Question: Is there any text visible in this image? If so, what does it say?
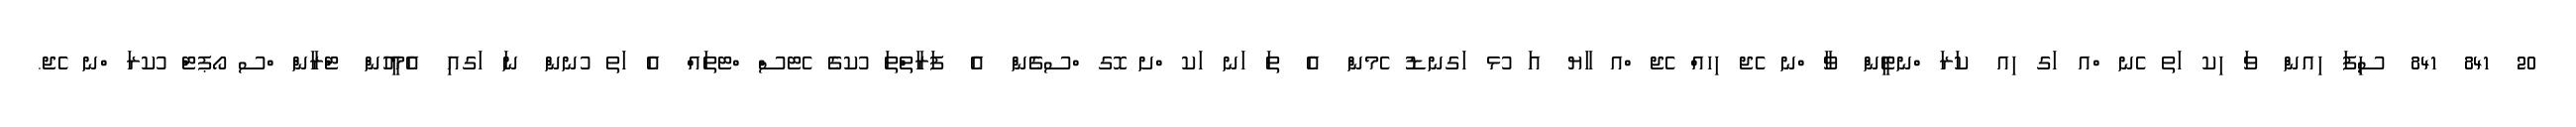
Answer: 20 841 841 ސިފަ ިއން ވަ ިކ ަތ ެނ ްއ ަގ ިއ ކަރަ ްނޓީން ވާ ްނ ެޖ ިހއް ެޖ ްއ ާޔ އަ ުޅ ަގނޑު ެމން އެ ތަ ަނ ަކ ްށ ޮގ ްސގެން އެ ފަރާތްތަ ުކގެ ެޓސް ްޓތައް އެ ަތ ުނން ނަ ަގއި އެމީހުން ޓްރާން ްސ ޯޕޓް ުކރަ ްނ ެޖ.